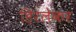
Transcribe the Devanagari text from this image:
हिरलेकर